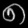
Digit: ၈